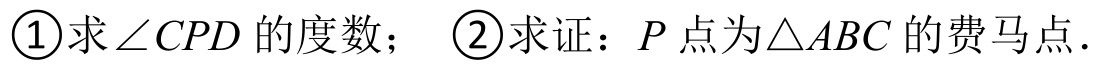
\textcircled{1}求\(\angle CPD\)的度数； \textcircled{2}求证：\(P\)点为\(\triangle ABC\)的费马点.